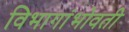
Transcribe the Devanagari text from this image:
विभागांभोवती